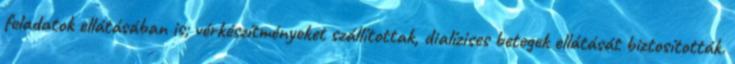
feladatok ellátásában is; vérkészítményeket szállítottak, dialízises betegek ellátását biztosították.